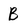
Character: B